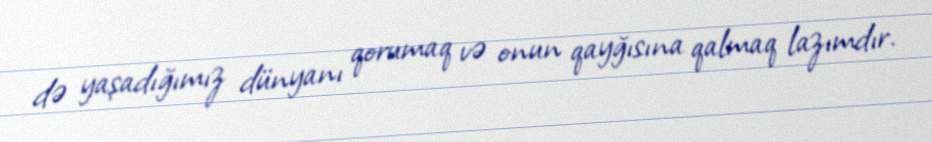
də yaşadığımız dünyanı qorumaq və onun qayğısına qalmaq lazımdır.